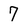
Character: 7